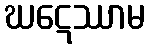
ဃဋေဿာမ